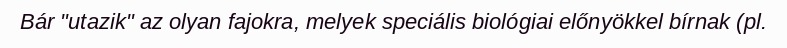
Bár "utazik" az olyan fajokra, melyek speciális biológiai előnyökkel bírnak (pl.